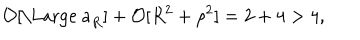
LaTeX: { \cal O } [ \mathrm { \Large ~ a } _ { R } ] + { \cal O } [ R ^ { 2 } + \rho ^ { 2 } ] = 2 + 4 > 4 ,